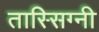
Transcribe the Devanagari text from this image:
तास्सिग्नी